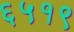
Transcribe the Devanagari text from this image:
६५१९